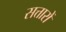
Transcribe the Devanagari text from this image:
सत्तारों